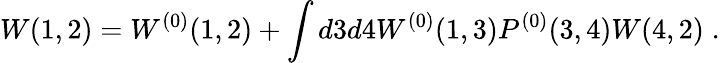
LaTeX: W(1,2)=W^{(0)}(1,2)+\int d3d4W^{(0)}(1,3)P^{(0)}(3,4)W(4,2)\; .